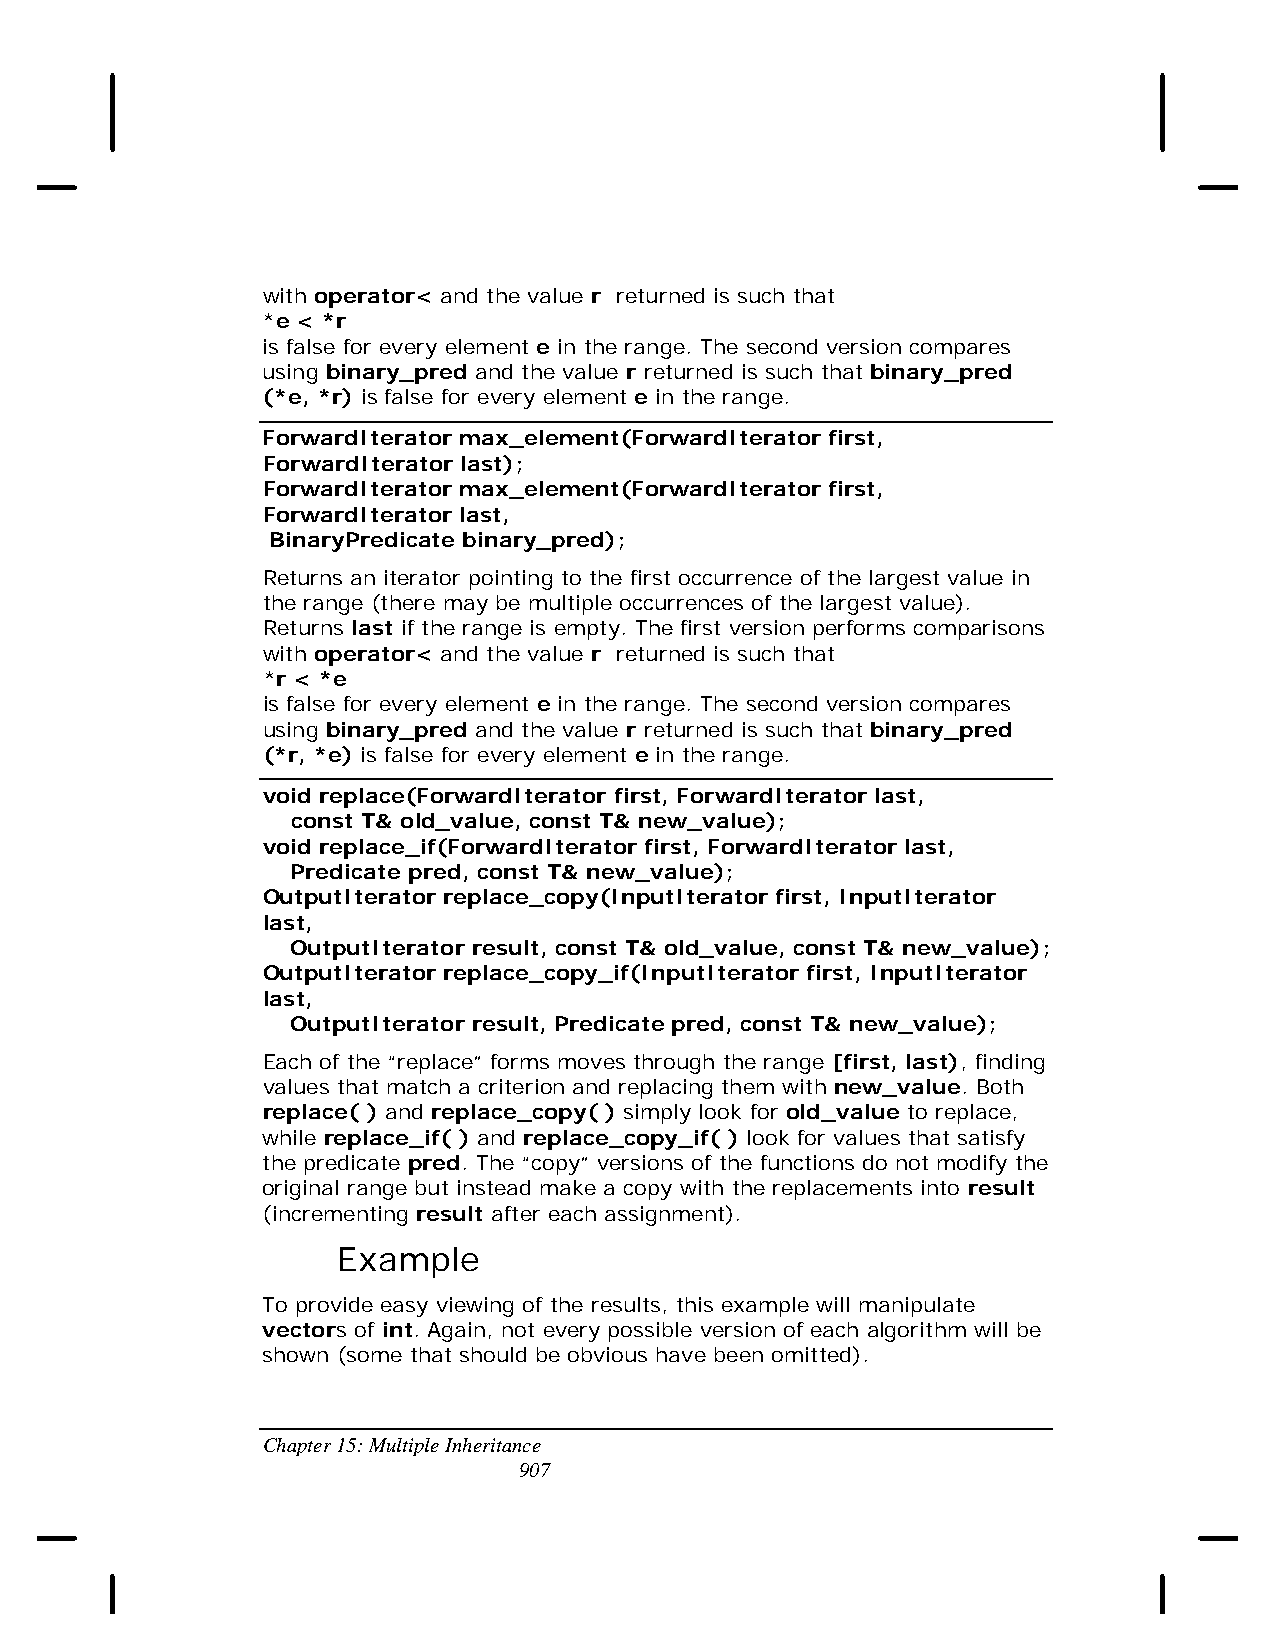
with operator< and the value r returned is such that
 *e < *r
 is false for every element e in the range. The second version compares
 using binary_pred and the value r returned is such that binary_pred
 (*e, *r) is false for every element e in the range.
 ForwardIterator max_element(ForwardIterator first,
 ForwardIterator last);
 ForwardIterator max_element(ForwardIterator first,
 ForwardIterator last,
 BinaryPredicate binary_pred);
 Returns an iterator pointing to the first occurrence of the largest value in
 the range (there may be multiple occurrences of the largest value).
 Returns last if the range is empty. The first version performs comparisons
 with operator< and the value r returned is such that
 *r < *e
 is false for every element e in the range. The second version compares
 using binary_pred and the value r returned is such that binary_pred
 (*r, *e) is false for every element e in the range.
 void replace(ForwardIterator first, ForwardIterator last,
 const T& old_value, const T& new_value);
 void replace_if(ForwardIterator first, ForwardIterator last,
 Predicate pred, const T& new_value);
 OutputIterator replace_copy(InputIterator first, InputIterator
 last,
 OutputIterator result, const T& old_value, const T& new_value);
 OutputIterator replace_copy_if(InputIterator first, InputIterator
 last,
 OutputIterator result, Predicate pred, const T& new_value);
 Each of the “replace” forms moves through the range [first, last), finding
 values that match a criterion and replacing them with new_value. Both
 replace( ) and replace_copy( ) simply look for old_value to replace,
 while replace_if( ) and replace_copy_if( ) look for values that satisfy
 the predicate pred. The “copy” versions of the functions do not modify the
 original range but instead make a copy with the replacements into result
 (incrementing result after each assignment).
 Example
 To provide easy viewing of the results, this example will manipulate
 vectors of int. Again, not every possible version of each algorithm will be
 shown (some that should be obvious have been omitted).
 Chapter 15: Multiple Inheritance
 907